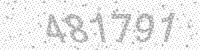
Solution: 481791